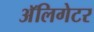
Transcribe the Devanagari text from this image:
अॅलिगेटर